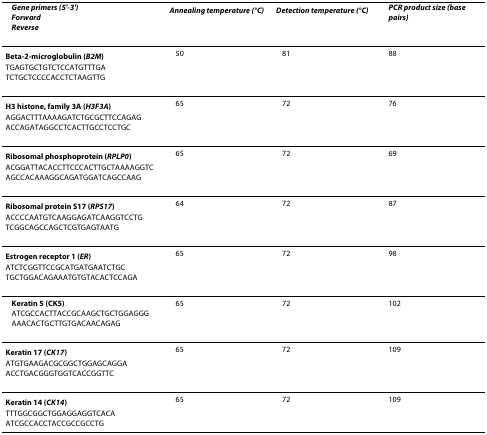
| Gene primers (5'-3')ForwardReverse | Annealing temperature (°C) | Detection temperature (°C) | PCR product size (base pairs) |
 | --- | --- | --- | --- |
 | Beta-2-microglobulin (B2M)TGAGTGCTGTCTCCATGTTTGATCTGCTCCCCACCTCTAAGTTG | 50 | 81 | 88 |
 | H3 histone, family 3A (H3F3A)AGGACTTTAAAAGATCTGCGCTTCCAGAGACCAGATAGGCCTCACTTGCCTCCTGC | 65 | 72 | 76 |
 | Ribosomal phosphoprotein (RPLP0)ACGGATTACACCTTCCCACTTGCTAAAAGGTCAGCCACAAAGGCAGATGGATCAGCCAAG | 65 | 72 | 69 |
 | Ribosomal protein S17 (RPS17)ACCCCAATGTCAAGGAGATCAAGGTCCTGTCGGCAGCCAGCTCGTGAGTAATG | 64 | 72 | 87 |
 | Estrogen receptor 1 (ER)ATCTCGGTTCCGCATGATGAATCTGCTGCTGGACAGAAATGTGTACACTCCAGA | 65 | 72 | 98 |
 | Keratin 5 (CK5)ATCGCCACTTACCGCAAGCTGCTGGAGGGAAACACTGCTTGTGACAACAGAG | 65 | 72 | 102 |
 | Keratin 17 (CK17)ATGTGAAGACGCGGCTGGAGCAGGAACCTGACGGGTGGTCACCGGTTC | 65 | 72 | 109 |
 | Keratin 14 (CK14)TTTGGCGGCTGGAGGAGGTCACAATCGCCACCTACCGCCGCCTG | 65 | 72 | 109 |